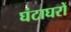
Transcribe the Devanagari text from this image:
घंटाघरों